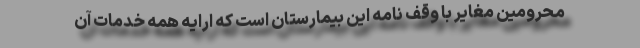
محرومین مغایر با وقف نامه این بیمارستان است که ارایه همه خدمات آن